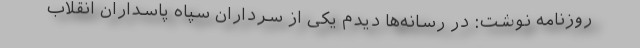
روزنامه نوشت: در رسانه‌ها دیدم یکی از سرداران سپاه پاسداران انقلاب